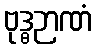
ဗုဒ္ဓဉာဏံ